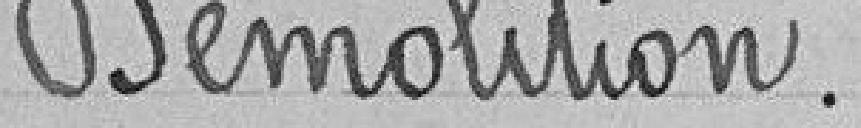
Démolition